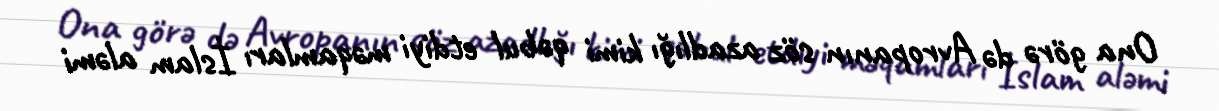
Ona görə də Avropanın söz azadlığı kimi qəbul etdiyi məqamları İslam aləmi